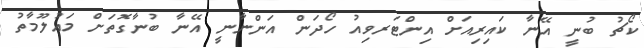
ކޯޗު ބުނީ އޭނާ ކައިރިއަށް އިންޓަރވިއު ހޯދަން އަންނާނީ އޭނާ ބުނާގޮތަށް މައުލޫމާތު